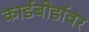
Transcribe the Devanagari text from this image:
कार्डबोर्डावर